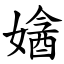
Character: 㜝